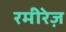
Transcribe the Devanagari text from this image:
रमीरेज़